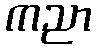
ကညာ